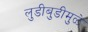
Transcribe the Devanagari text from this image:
लुडीबुडीमुळे